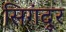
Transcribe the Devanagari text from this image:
सिगंदूर